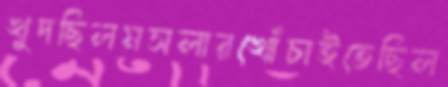
খুদছিলমসলারখোঁচাইতেছিল